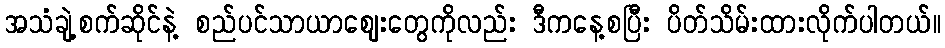
အသံချဲ့စက်ဆိုင်နဲ့ စည်ပင်သာယာဈေးတွေကိုလည်း ဒီကနေ့စပြီး ပိတ်သိမ်းထားလိုက်ပါတယ်။